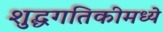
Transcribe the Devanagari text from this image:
शुद्धगतिकीमध्ये